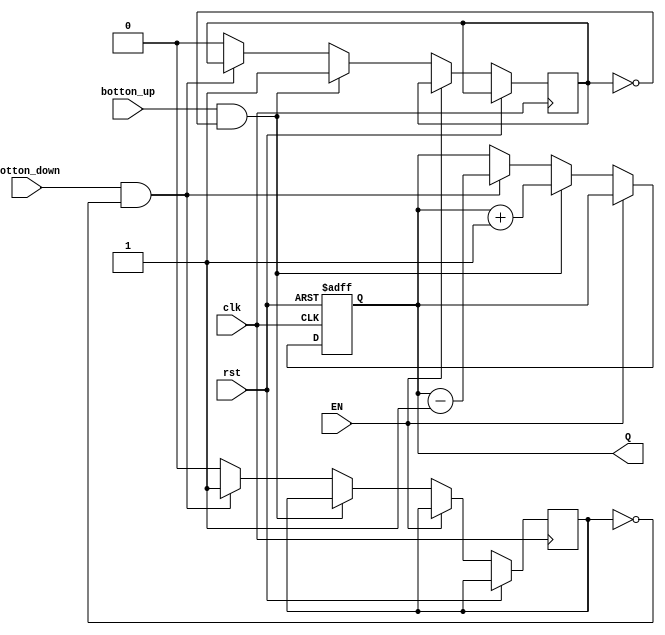
`timescale 1ns / 1ps

									//en este bloque se lleva el control de cual es la frecuencia seleccionada por el usuario, la cual va hacia la seleccion del mux de frecuencias
module Contador_Frec(    //declaracion de entradas y salidas
    input botton_up,	    //boton aumento cuenta
    input botton_down,	 //boton dismuye cuenta
	 input rst,				 //reset
	 input EN,				 //Enable
	 input clk,				 //clock
    output reg [2:0] Q); //salida del contador de 3bits 

reg dato_u, dato_d=0;  // variables para mitigar el rebote

 always @(posedge clk or posedge rst)   //se cummple cuando hay un flanco positivo en el clk y el rst
 begin
	    if (rst)
         Q <= 3'b0;    // si reset esta activo pone la salida en 1  
		else if (EN==0)  //si enable esta en cero se desea seleccionar cambio de frecuencia
         if (botton_up & !dato_u) //condicion que se cumple si se aumenta cuenta y no hay un dato previamente guardado del pulsador para evitar rebote 
			begin
				Q <= Q + 3'b1; //aumenta cuenta
				dato_u<=1;     //guarda para el antirrebote
			end
			else if (botton_down & !dato_d) //condicion que se cumple si se disminuye cuenta y no hay un dato previamente guardado del pulsador para evitar rebote 
			begin
				Q <= Q - 3'b1;      //se disminuye cuenta
				dato_d<=1;          //guarda para el antirrebote
			end
			else
				begin
					dato_u<=0; 		  // borra los valores del antirrebote y mantiene la salida en el mismo valor
					dato_d<=0;
					Q <= Q;
				end
end
	
endmodule